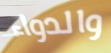
والدواء